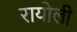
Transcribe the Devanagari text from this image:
रायोली